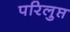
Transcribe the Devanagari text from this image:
परिलुप्त